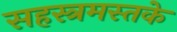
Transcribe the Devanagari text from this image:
सहस्त्रमस्तके